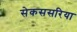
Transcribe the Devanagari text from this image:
सेकससरिया